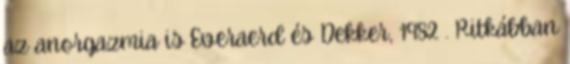
az anorgazmia is Everaerd és Dekker, 1982 . Ritkábban